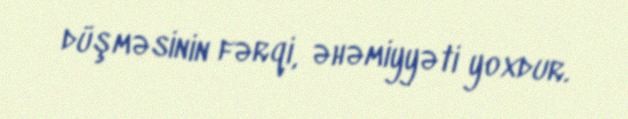
düşməsinin fərqi, əhəmiyyəti yoxdur.